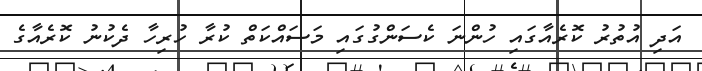
އަދި އުތުރު ކޮރެއާގައި ހުންނަ ކެސަންގުގައި މަސައްކަތް ކުރާ ހުރިހާ ދެކުނު ކޮރެއާގެ